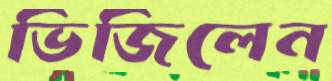
ভিজিলেন